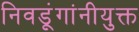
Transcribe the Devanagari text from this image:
निवडूंगांनीयुक्त